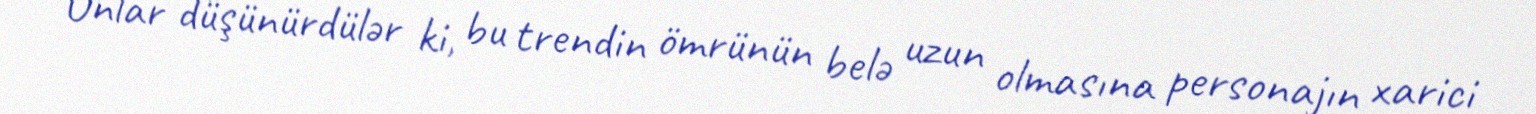
Onlar düşünürdülər ki, bu trendin ömrünün belə uzun olmasına personajın xarici